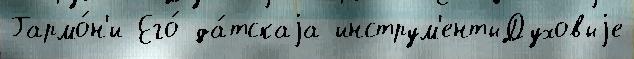
Гармо́н'и Его́ да́тскаjа инструм'ентыДуховыjе